Leningradi_Edasi_toimetus, lk 91
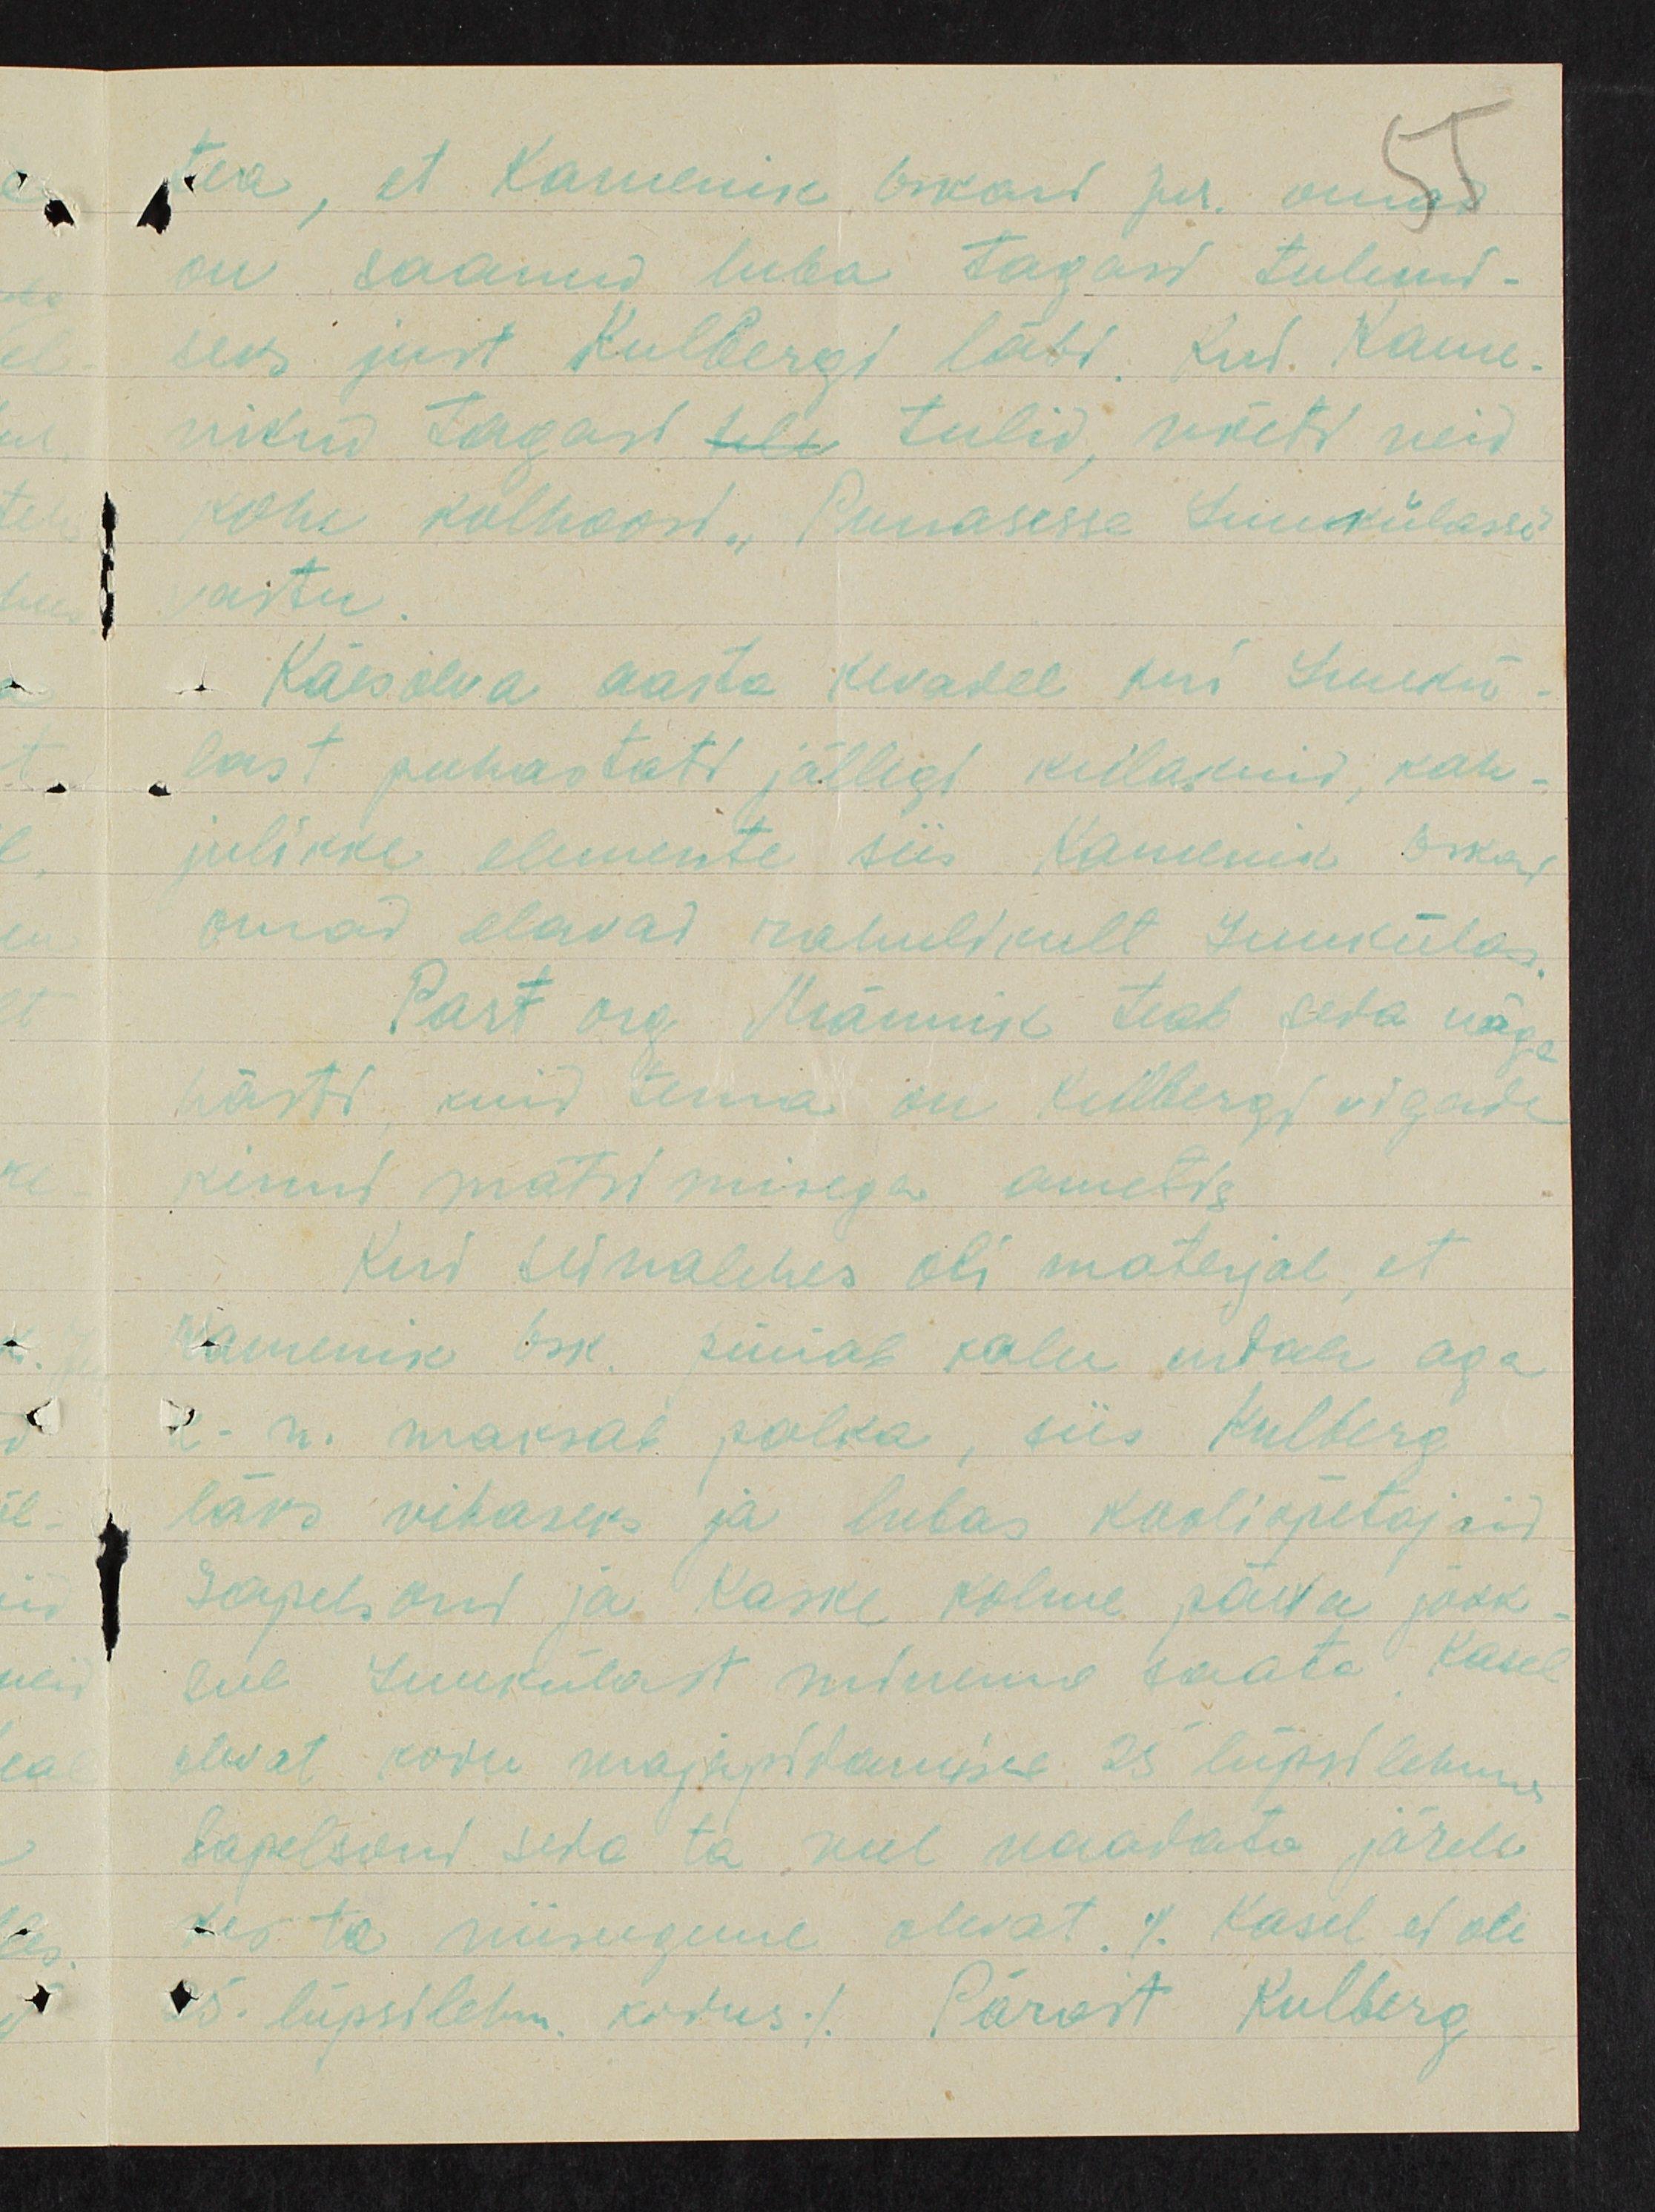
tea, et Kamenik Oskari pr. omas
on saanud luba tagasi tulnud -
seks just Kulbergi läbi. Rud. Kame-
nikud tagasi tuli tulid, wõeti neid
kohe kolhoosi. Punasesse Luukülasse
vastu.
Käesoleva aasta kevadel kui Luukü-
last puhastati jällegi kulakuid, kah-
julikke elemente siis Kamenik Oskar
omad elavad rahulikult Luukülas.
Part org. Männik teab seda nägi
hästi, kuid tema on Kulbergi vigade
kinni mätsimisega ametis.
Kui seinalehes oli materjal, et
ametnik Osk. püüab kalu endale aga
k. n. maksab palka, siis Kulberg
läks vihaseks ja lubas kooliõpetajaid
Gapelsoni ja Kaske kolme päeva jook-
lul Luukülast minema saata Kasel
olevat kodu majapildamisse 25 lüpsilehma
tapetsend seda ta weel waadata järele
kes ta niisugune olevat. /. Kasel ei ole
25. lüpsilehm kodus.  /Pärast Kulberg